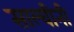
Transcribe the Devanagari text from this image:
साल्वीनी